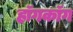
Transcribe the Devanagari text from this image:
हॉगकॉग